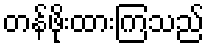
တန်ဖိုးထားကြသည်